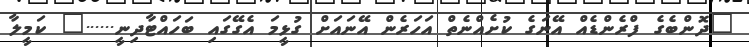
"ދޮންބެގެ ފްރެންޑެއް އޭނަގެ ކުށެއްނެތް އަހަރެން އޭނައަށް ގުޅީމަ އެގޭގައި ބަހައްޓާދިނީ......" ކަމީލާ